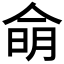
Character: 𰂚